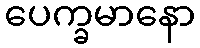
ပေက္ခမာနော